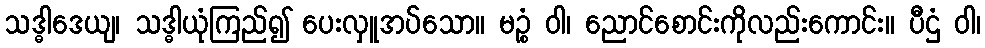
သဒ္ဓါဒေယျ၊ သဒ္ဓါယုံကြည်၍ ပေးလှူအပ်သော။ မဉ္စံ ဝါ၊ ညောင်စောင်းကိုလည်းကောင်း။ ပီဌံ ဝါ၊